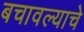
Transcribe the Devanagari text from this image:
बचावल्याचे